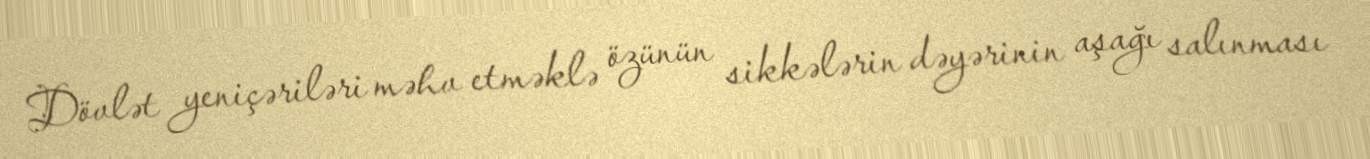
Dövlət yeniçəriləri məhv etməklə özünün sikkələrin dəyərinin aşağı salınması